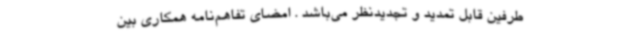
طرفین قابل تمدید و تجدیدنظر می‌باشد . امضای تفاهم‌نامه همکاری بین